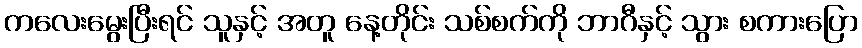
ကလေးမွေးပြီးရင် သူနှင့် အတူ နေ့တိုင်း သစ်စက်ကို ဘာဂီနှင့် သွား စကားပြော